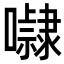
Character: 𭌚